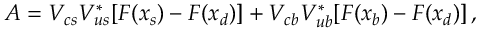
A = V _ { c s } V _ { u s } ^ { * } [ F ( x _ { s } ) - F ( x _ { d } ) ] + V _ { c b } V _ { u b } ^ { * } [ F ( x _ { b } ) - F ( x _ { d } ) ] \, ,